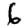
Digit: 6